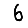
Digit: 6